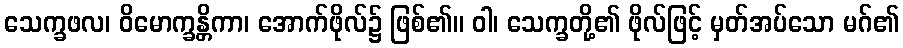
သေက္ခဖလ၊ ဝိမောက္ခန္တိကာ၊ အောက်ဖိုလ်၌ ဖြစ်၏။ ဝါ၊ သေက္ခတို့၏ ဖိုလ်ဖြင့် မှတ်အပ်သော မဂ်၏